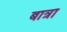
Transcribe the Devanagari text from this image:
बात्रा